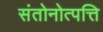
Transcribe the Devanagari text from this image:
संतोनोत्पत्ति